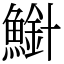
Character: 𫠍